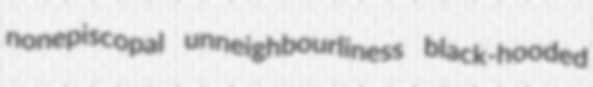
nonepiscopal unneighbourliness black-hooded